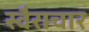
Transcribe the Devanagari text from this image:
स्वैराचार